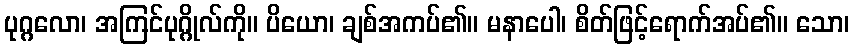
ပုဂ္ဂလော၊ အကြင်ပုဂ္ဂိုလ်ကို။ ပိယော၊ ချစ်အကပ်၏။ မနာပေါ၊ စိတ်ဖြင့်ရောက်အပ်၏။ သော၊